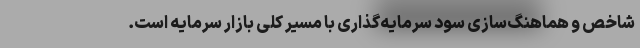
شاخص و هماهنگ‌سازی سود سرمایه‌گذاری با مسیر کلی بازار سرمایه است.